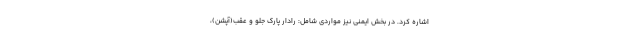
اشاره کرد. در بخش ایمنی نیز مواردی شامل: رادار پارک جلو و عقب(آپشن)،